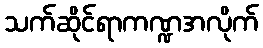
သက်ဆိုင်ရာကဏ္ဍအလိုက်